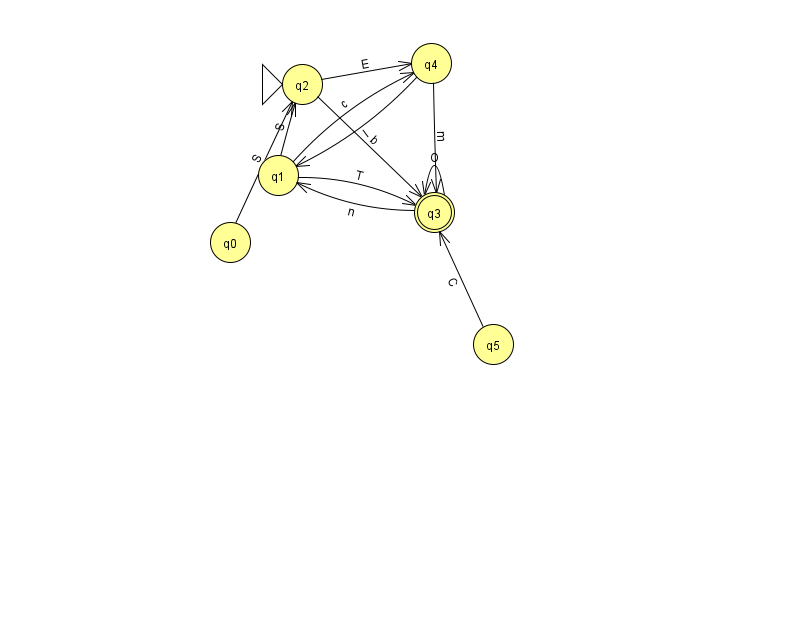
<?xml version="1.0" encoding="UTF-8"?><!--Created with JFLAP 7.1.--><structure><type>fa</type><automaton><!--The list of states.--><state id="0" name="q0"><x>230.0</x><y>229.0</y></state><state id="1" name="q1"><x>278.0</x><y>162.0</y></state><state id="2" name="q2"><x>302.0</x><y>71.0</y><initial/></state><state id="3" name="q3"><x>434.0</x><y>199.0</y><final/></state><state id="4" name="q4"><x>431.0</x><y>50.0</y></state><state id="5" name="q5"><x>493.0</x><y>331.0</y></state><!--The list of transitions.--><transition><from>1</from><to>3</to><read>T</read></transition><transition><from>2</from><to>3</to><read>b</read></transition><transition><from>2</from><to>4</to><read>E</read></transition><transition><from>1</from><to>4</to><read>c</read></transition><transition><from>1</from><to>2</to><read>S</read></transition><transition><from>5</from><to>3</to><read>C</read></transition><transition><from>3</from><to>1</to><read>n</read></transition><transition><from>4</from><to>1</to><read>I</read></transition><transition><from>4</from><to>3</to><read>m</read></transition><transition><from>0</from><to>2</to><read>S</read></transition><transition><from>3</from><to>3</to><read>O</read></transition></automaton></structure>